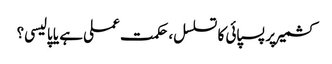
کشمیر پر پسپائی کا تسلسل، حکمت عملی ہے یا پالیسی؟